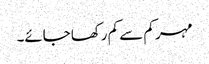
مہر کم سے کم رکھا جائے۔